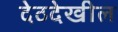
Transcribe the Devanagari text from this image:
देठदेखील